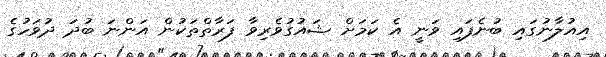
އިއުލާނުގައި ބުނެފައި ވަނީ އެ ކަމަށް ޝައުގުވެރިވާ ފަރާތްތަކުން އަންނަ ބުދަ ދުވަހުގެ